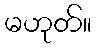
မဟုတ်။